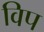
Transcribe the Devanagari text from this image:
विप